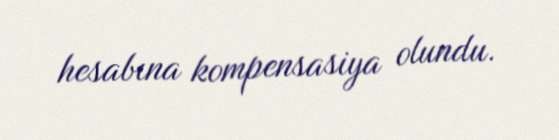
hesabına kompensasiya olundu.